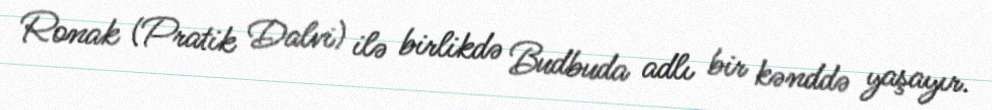
Ronak (Pratik Dalvi) ilə birlikdə Budbuda adlı bir kənddə yaşayır.